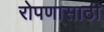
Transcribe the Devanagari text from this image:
रोपणासाठी